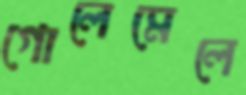
গোলেমেলে